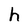
Character: h